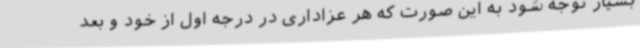
بسیار توجه شود به این صورت که هر عزاداری در درجه اول از خود و بعد